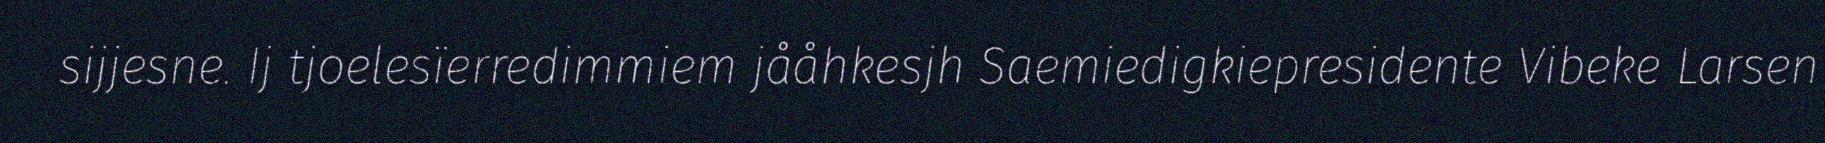
sijjesne. Ij tjoelesïerredimmiem jååhkesjh Saemiedigkiepresidente Vibeke Larsen